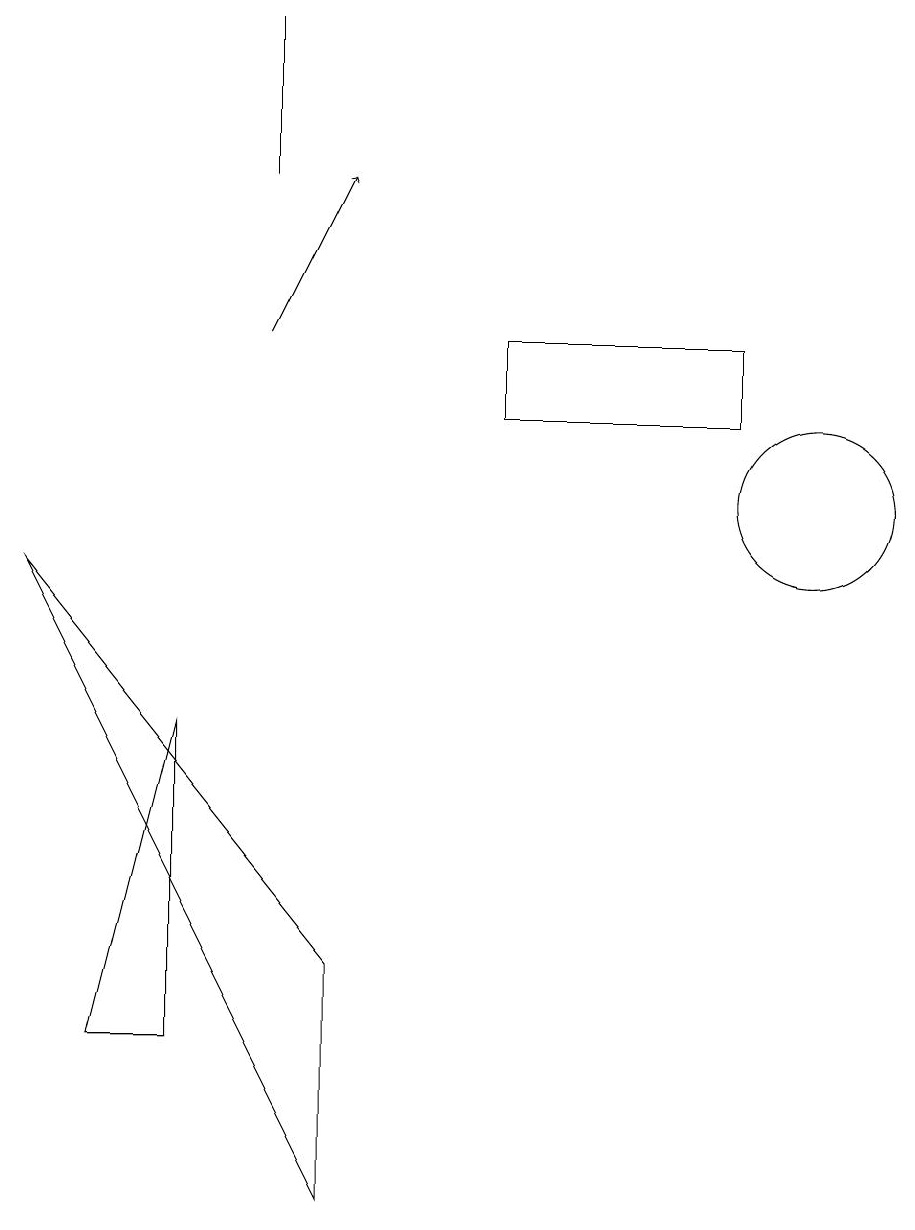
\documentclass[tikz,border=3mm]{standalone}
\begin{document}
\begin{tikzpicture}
\draw (2,3) -- (2,7) -- (1,3) -- cycle;
\draw[->] (3,12) -- (4,14);
\draw (10,10) circle (1);
\draw (6,11) rectangle (9,12);
\draw (0,9) -- (4,4) -- (4,1) -- cycle;
\draw (3,14) rectangle (3,16);
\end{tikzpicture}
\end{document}